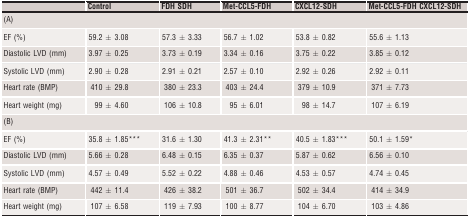
|  | Control | FDH SDH | Met-CCL5-FDH | CXCL12-SDH | Met-CCL5-FDH CXCL12-SDH |
 | --- | --- | --- | --- | --- | --- |
 | <COLSPAN=6> (A) |
 | EF (%) | 59.2 ± 3.08 | 57.3 ± 3.33 | 56.7 ± 1.02 | 53.8 ± 0.82 | 55.6 ± 1.13 |
 | Diastolic LVD (mm) | 3.97 ± 0.25 | 3.73 ± 0.19 | 3.34 ± 0.16 | 3.75 ± 0.22 | 3.85 ± 0.12 |
 | Systolic LVD (mm) | 2.90 ± 0.28 | 2.91 ± 0.21 | 2.57 ± 0.10 | 2.92 ± 0.26 | 2.92 ± 0.11 |
 | Heart rate (BMP) | 410 ± 29.8 | 380 ± 23.3 | 403 ± 24.4 | 379 ± 10.9 | 371 ± 7.73 |
 | Heart weight (mg) | 99 ± 4.60 | 106 ± 10.8 | 95 ± 6.01 | 98 ± 14.7 | 107 ± 6.19 |
 | <COLSPAN=6> (B) |
 | EF (%) | 35.8 ± 1.85*** | 31.6 ± 1.30 | 41.3 ± 2.31** | 40.5 ± 1.83*** | 50.1 ± 1.59* |
 | Diastolic LVD (mm) | 5.66 ± 0.28 | 6.48 ± 0.15 | 6.35 ± 0.37 | 5.87 ± 0.62 | 6.56 ± 0.10 |
 | Systolic LVD (mm) | 4.57 ± 0.49 | 5.52 ± 0.22 | 4.88 ± 0.46 | 4.53 ± 0.57 | 4.74 ± 0.45 |
 | Heart rate (BMP) | 442 ± 11.4 | 426 ± 38.2 | 501 ± 36.7 | 502 ± 34.4 | 414 ± 34.9 |
 | Heart weight (mg) | 107 ± 6.58 | 119 ± 7.93 | 100 ± 8.77 | 104 ± 6.70 | 103 ± 4.86 |